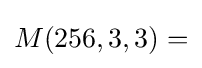
M(256,3,3)=